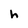
Character: h